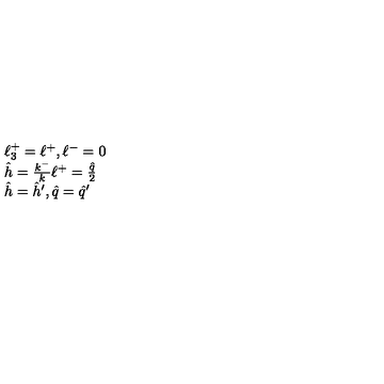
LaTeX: \begin{array} { l } { \ell _ { 3 } ^ { + } = \ell ^ { + } , \ell ^ { - } = 0 } \\ { \hat { h } = \frac { k ^ { - } } { k } \ell ^ { + } = \frac { \hat { q } } { 2 } } \\ { \hat { h } = \hat { h } ^ { \prime } , \hat { q } = \hat { q } ^ { \prime } } \\ \end{array}